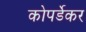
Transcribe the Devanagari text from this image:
कोपर्डेकर